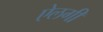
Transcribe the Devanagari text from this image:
ऐलगी